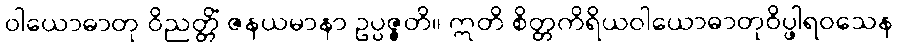
ဝါယောဓာတု ဝိညတ္တိံ ဇနယမာနာ ဥပ္ပဇ္ဇတိ။ ဣတိ စိတ္တကိရိယဝါယောဓာတုဝိပ္ဖါရဝသေန